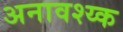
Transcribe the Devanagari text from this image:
अनावश्य्क